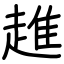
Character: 趡